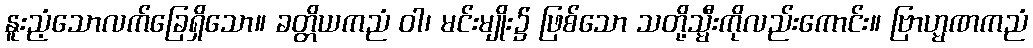
နူးညံ့သောလက်ခြေရှိသော။ ခတ္တိယကညံ ဝါ၊ မင်းမျိုး၌ ဖြစ်သော သတို့သ္မီးကိုလည်းကောင်း။ ဗြာဟ္မဏကညံ